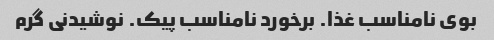
بوی نامناسب غذا. برخورد نامناسب پیک. نوشیدنی گرم